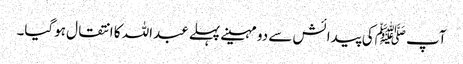
آپ ﷺکی پیدائش سے دو مہینے پہلے عبداللہ کا انتقال ہوگیا۔